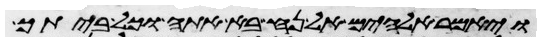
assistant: ויאמר אלהים אל נח בא אתה וכל ביתך